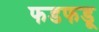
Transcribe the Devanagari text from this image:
फडफडू